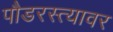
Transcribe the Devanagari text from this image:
पौडरस्त्यावर